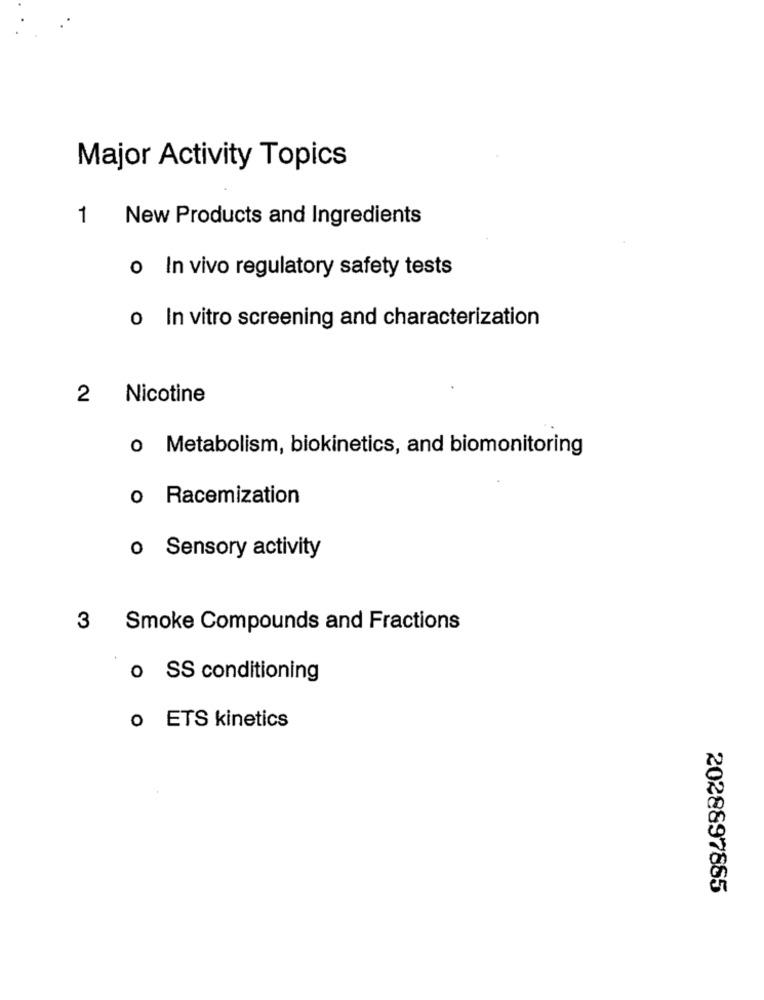
Major Activity Topics
1
New Products and Ingredients
o In vivo regulatory safety tests
o In vitro screening and characterization
2 Nicotine
o Metabolism, biokinetics, and biomonitoring
o Racemization
o Sensory activity
3
Smoke Compounds and Fractions
0 SS conditioning
o ETS kinetics
2028897885